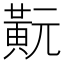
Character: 𪎹